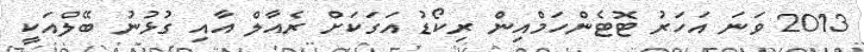
2013 ވަނަ އަހަރު ޓޮޓެންހަމްއިން ރިކޯޑު އަގަކަށް ރެއާލް އާއި ގުޅުނު ބޭލްއަކީ